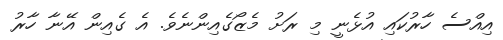
އިއްސެ ހާރުކައި އުޅެނީ މި ރަށު މެޒޯގެއިންނެވެ. އެ ގެއިން އޭނާ ހާރު